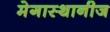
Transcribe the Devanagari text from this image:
मेगास्थानीज